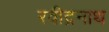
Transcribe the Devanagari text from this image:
रवीद्रनाथ